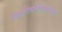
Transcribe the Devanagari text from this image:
हिशोबनीसाच्या